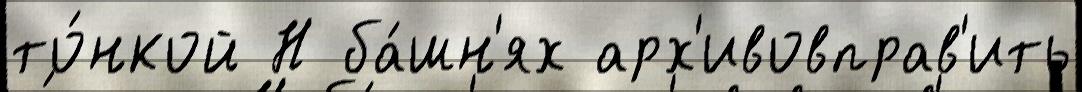
то́нкой Н ба́шн'ях арх'ивовправ'ить